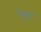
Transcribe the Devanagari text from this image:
शिष्टतम